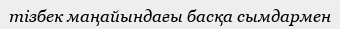
тізбек маңайындағы басқа сымдармен